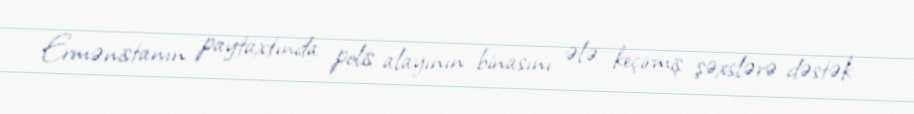
Ermənistanın paytaxtında polis alayının binasını ələ keçirmiş şəxslərə dəstək